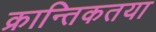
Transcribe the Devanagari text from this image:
क्रान्तिकतया